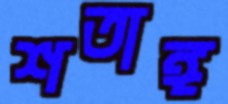
শতাঙ্গ